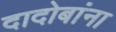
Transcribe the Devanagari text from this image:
दादोबांना